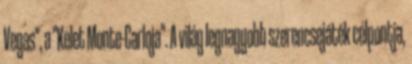
Vegas", a "Kelet Monte-Carloja". A világ legnagyobb szerencsejáték célpontja,